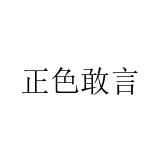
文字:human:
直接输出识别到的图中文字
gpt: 正色敢言